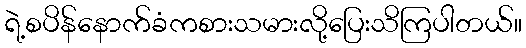
ရဲ့စပိန်နောက်ခံကစားသမားလို့ပြေးသိကြပါတယ်။